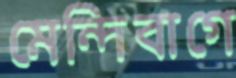
মেন্দিবাগে